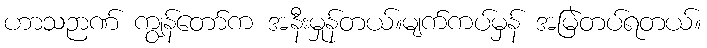
ဟာသဉာဏ် ကျွန်တော်က အနီးမှုန်တယ်။မျက်ကပ်မှန် အမြဲတပ်ရတယ်။